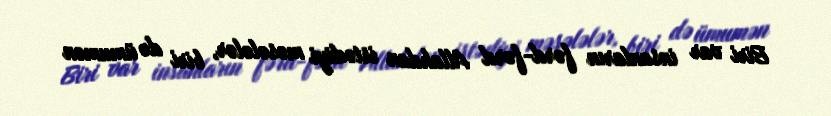
Biri var insanların fərd-fərd Allahdan istədiyi məsələlər, biri də ümumən